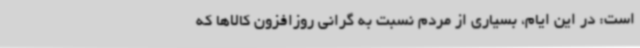
است: در این ایام، بسیاری از مردم نسبت به گرانی روزافزون کالاها که